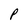
Character: P